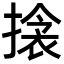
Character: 搇